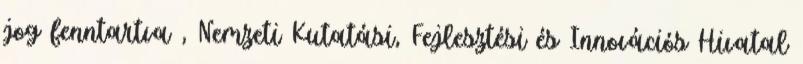
jog fenntartva , Nemzeti Kutatási, Fejlesztési és Innovációs Hivatal